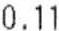
0.11